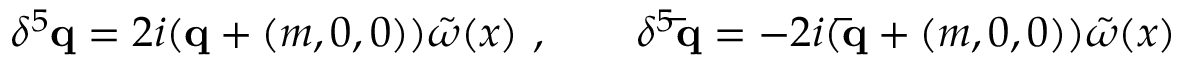
\delta ^ { 5 } { \mathbf q } = 2 i ( { \mathbf q } + ( m , 0 , 0 ) ) \tilde { \omega } ( x ) \ , \qquad \delta ^ { 5 } { \mathbf { \bar { q } } } = - 2 i ( { \mathbf { \bar { q } } } + ( m , 0 , 0 ) ) \tilde { \omega } ( x )